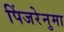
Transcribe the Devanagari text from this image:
पिंजरेनुमा